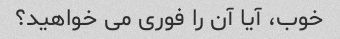
خوب، آیا آن را فوری می خواهید؟